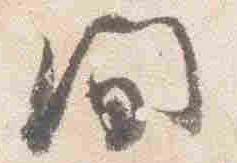
間